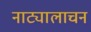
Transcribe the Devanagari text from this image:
नाट्यालाचन